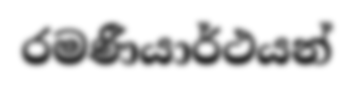
රමණීයාර්ථයන්